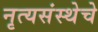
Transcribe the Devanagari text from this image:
नृत्यसंस्थेचे